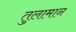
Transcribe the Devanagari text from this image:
तुलामान